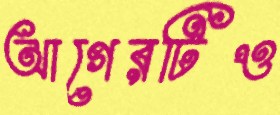
আগেরটিও